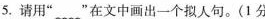
5.请用”_”在文中画出一个拟人句。(1分)